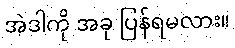
အဲဒါကို အခု ပြန်ရမလား။